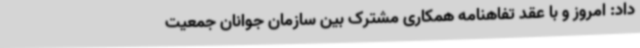
داد: امروز و با عقد تفاهنامه همکاری مشترک بین سازمان جوانان جمعیت